Cholera in southern India
Disease focus: Cholera
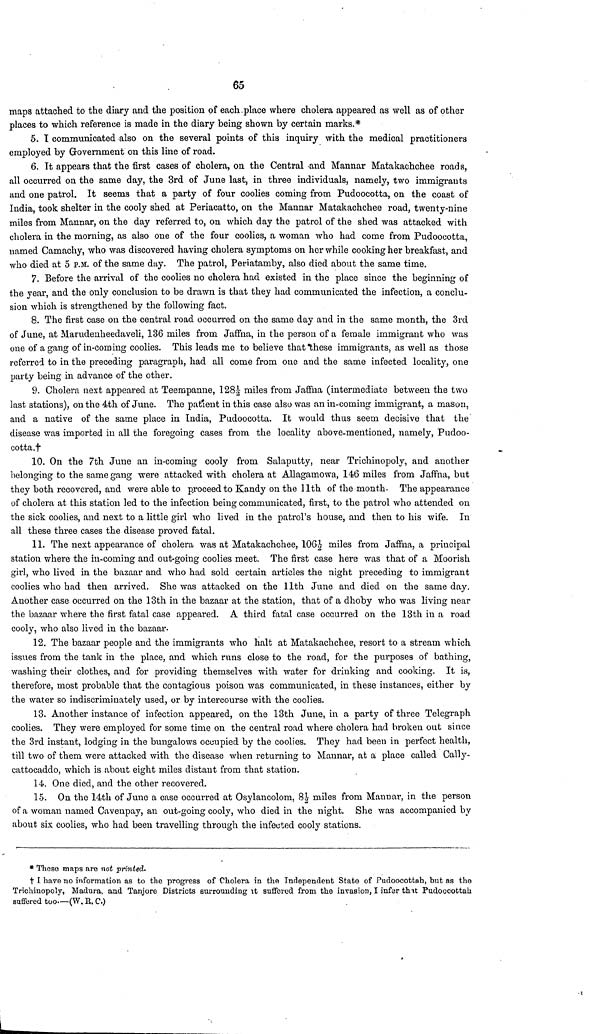
65
maps attached to the diary and the position of each place where cholera appeared as well as of other
places to which reference is made in the diary being shown by certain marks.*
5. I communicated also on the several points of this inquiry with the medical practitioners
employed by Government on this line of road.
6. It appears that the first cases of cholera, on the Central and Mannar Matakachchee roads,
all occurred on the same day, the 3rd of June last, in three individuals, namely, two immigrants
and one patrol. It seems that a party of four coolies coming from Pudoocotta, on the coast of
India, took shelter in the cooly shed at Periacatto, on the Mannar Matakachchee road, twenty-nine
miles from Mannar, on the day referred to, on which day the patrol of the shed was attacked with
cholera in the morning, as also one of the four coolies, a woman who had come from Pudoocotta,
named Camachy, who was discovered having cholera symptoms on her while cooking her breakfast, and
who died at 5 P.M. of the same day. The patrol, Periatamby, also died about the same time.
7. Before the arrival of the coolies no cholera had existed in the place since the beginning of
the year, and the only conclusion to be drawn is that they had communicated the infection, a conclu-
sion which is strengthened by the following fact.
8. The first case on the central road occurred on the same day and in the same month, the 3rd
of June, at Marudenheedaveli, 136 miles from Jaffna, in the person of a female immigrant who was
one of a gang of in-coming coolies. This leads me to believe that these immigrants, as well as those
referred to in the preceding paragraph, had all come from one and the same infected locality, one
party being in advance of the other.
9. Cholera next appeared at Teempanne, 128½ miles from Jaffna (intermediate between the two
last stations), on the 4th of June. The patient in this case also was an in-coming immigrant, a mason,
and a native of the same place in India, Pudoocotta. It would thus seem decisive that the
disease was imported in all the foregoing cases from the locality above-mentioned, namely, Pudoo-
cotta.†
10. On the 7th June an in-coming cooly from Salaputty, near Trichinopoly, and another
belonging to the same gang were attacked with cholera at Allagamowa, 146 miles from Jaffna, but
they both recovered, and were able to proceed to Kandy on the 11th of the month. The appearance
of cholera at this station led to the infection being communicated, first, to the patrol who attended on
the sick coolies, and next to a little girl who lived in the patrol's house, and then to his wife. In
all these three cases the disease proved fatal.
11. The next appearance of cholera was at Matakachchee, 106½ miles from Jaffna, a principal
station where the in-coming and out-going coolies meet. The first case here was that of a Moorish
girl, who lived in the bazaar and who had sold certain articles the night preceding to immigrant
coolies who had then arrived. She was attacked on the 11th June and died on the same day.
Another case occurred on the 13th in the bazaar at the station, that of a dhoby who was living near
the bazaar where the first fatal case appeared. A third fatal case occurred on the 13th in a road
cooly, who also lived in the bazaar.
12. The bazaar people and the immigrants who halt at Matakachchee, resort to a stream which
issues from the tank in the place, and which runs close to the road, for the purposes of bathing,
washing their clothes, and for providing themselves with water for drinking and cooking. It is,
therefore, most probable that the contagious poison was communicated, in these instances, either by
the water so indiscriminately used, or by intercourse with the coolies.
13. Another instance of infection appeared, on the 13th June, in a party of three Telegraph
coolies. They were employed for some time on the central road where cholera had broken out since
the 3rd instant, lodging in the bungalows occupied by the coolies. They had been in perfect health,
till two of them were attacked with the disease when returning to Mannar, at a place called Cally-
cattocaddo, which is about eight miles distant from that station.
14. One died, and the other recovered.
15. On the 14th of June a case occurred at Osylancolom, 8½ miles from Mannar, in the person
of a woman named Cavenpay, an out-going cooly, who died in the night. She was accompanied by
about six coolies, who had been travelling through the infected cooly stations.
* These maps are not printed.
† I have no information as to the progress of Cholera in the Independent State of Pudoocottah, but as the
Trichinopoly, Madura, and Tanjore Districts surrounding it suffered from the invasion, I infer that Pudoocottah
suffered too—(W. R. C.)